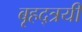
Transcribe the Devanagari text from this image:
बृहद्त्रयी